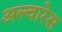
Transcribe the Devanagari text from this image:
अल्वारेस